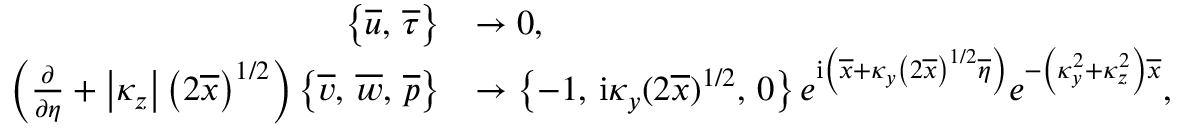
\begin{array} { r l } { \left\lbrace \overline { { u } } , \, \overline { { \tau } } \right\rbrace } & { \rightarrow 0 , } \\ { \left( \frac { \partial } { \partial \eta } + \left\vert { \kappa _ { z } } \right\vert \left( 2 \overline { { x } } \right) ^ { 1 / 2 } \right) \left\lbrace \overline { { v } } , \, \overline { { w } } , \, \overline { { p } } \right\rbrace } & { \rightarrow \left\lbrace - 1 , \, \mathrm { i } \kappa _ { y } ( 2 \overline { { x } } ) ^ { 1 / 2 } , \, 0 \right\rbrace e ^ { \mathrm { i } \left( \overline { { x } } + \kappa _ { y } \left( 2 \overline { { x } } \right) ^ { 1 / 2 } \overline { { \eta } } \right) } e ^ { - \left( \kappa _ { y } ^ { 2 } + \kappa _ { z } ^ { 2 } \right) \overline { { x } } } , } \end{array}